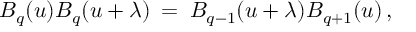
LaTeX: B _ { q } ( u ) B _ { q } ( u + \lambda ) \: = \: B _ { q - 1 } ( u + \lambda ) B _ { q + 1 } ( u ) \, ,